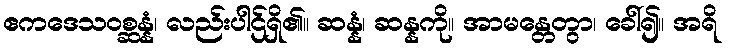
ဧကဒေသဝစ္ဆန္နံ၊ လည်းပါဌ်ရှိ၏။ ဆန္နံ၊ ဆန္နကို။ အာမန္တေတွာ၊ ခေါ်၍။ အရိ